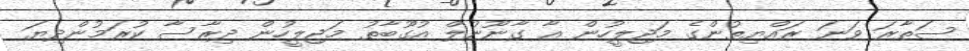
ސަތާރަ ވަނަ ރައްޔިތުންގެ މަޖިލީހުން އާ ގާނޫނުލް އުގޫބާތު މަޖިލީހުން ދިރާސާ ކުރަމުންދިޔަ